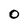
Character: 0